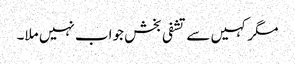
مگر کہیں سے تشفی بخش جواب نہیں ملا۔